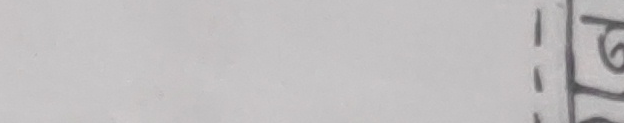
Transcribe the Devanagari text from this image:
प६